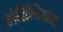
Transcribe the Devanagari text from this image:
कोरिन्थियन्स